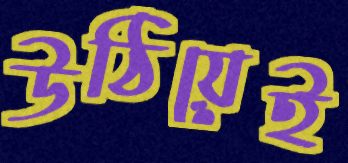
উঠিয়েই